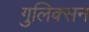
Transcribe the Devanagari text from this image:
गुलिक्सन